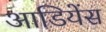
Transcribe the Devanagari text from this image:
आडियेंस